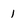
Character: 1